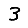
Digit: 3